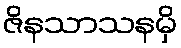
ဇိနသာသနမှိ